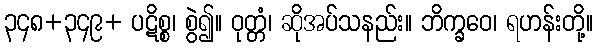
၃၄၈+၃၄၉+ ပဋိစ္စ၊ စွဲ၍။ ဝုတ္တံ၊ ဆိုအပ်သနည်း။ ဘိက္ခဝေ၊ ရဟန်းတို့။